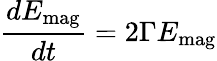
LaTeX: \frac{d{E}_{\textrm{mag}}}{dt}=2\Gamma E_{\textrm{mag}}